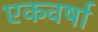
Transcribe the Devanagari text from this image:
एकवर्षा